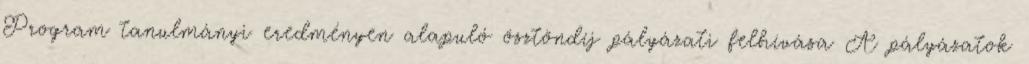
Program tanulmányi eredményen alapuló ösztöndíj pályázati felhívása A pályázatok